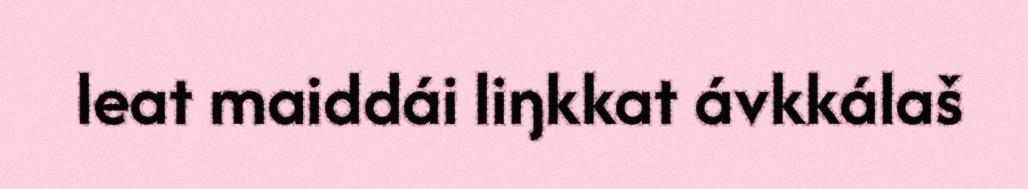
leat maiddái liŋkkat ávkkálaš